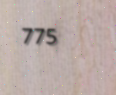
775